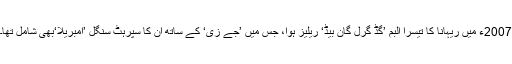
2007ء میں ریہانا کا تیسرا البم ’گُڈ گرل گان بیڈ‘ ریلیز ہوا، جس میں ’جے زی‘ کے ساتھ ان کا سپرہٹ سنگل ’اَمبریلا‘بھی شامل تھا۔